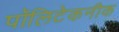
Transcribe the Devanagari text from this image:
पॉलिटेकनीक